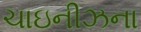
ચાઇનીઝના